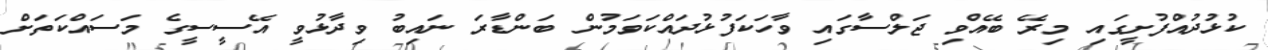
ކުޅުދުއްފުށީގައި މިރޭ ބޭއްވި ޖަލްސާގައި ވާހަކަފުޅުދައްކަވަމުން ބަންޑާރަ ނައިބު ވިދާޅުވީ އޭސީސީގެ މަސައްކަތަށް